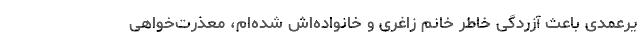
یرعمدی باعث آزردگی خاطر خانم زاغری و خانواده‌اش شده‌ام، معذرت‌خواهی